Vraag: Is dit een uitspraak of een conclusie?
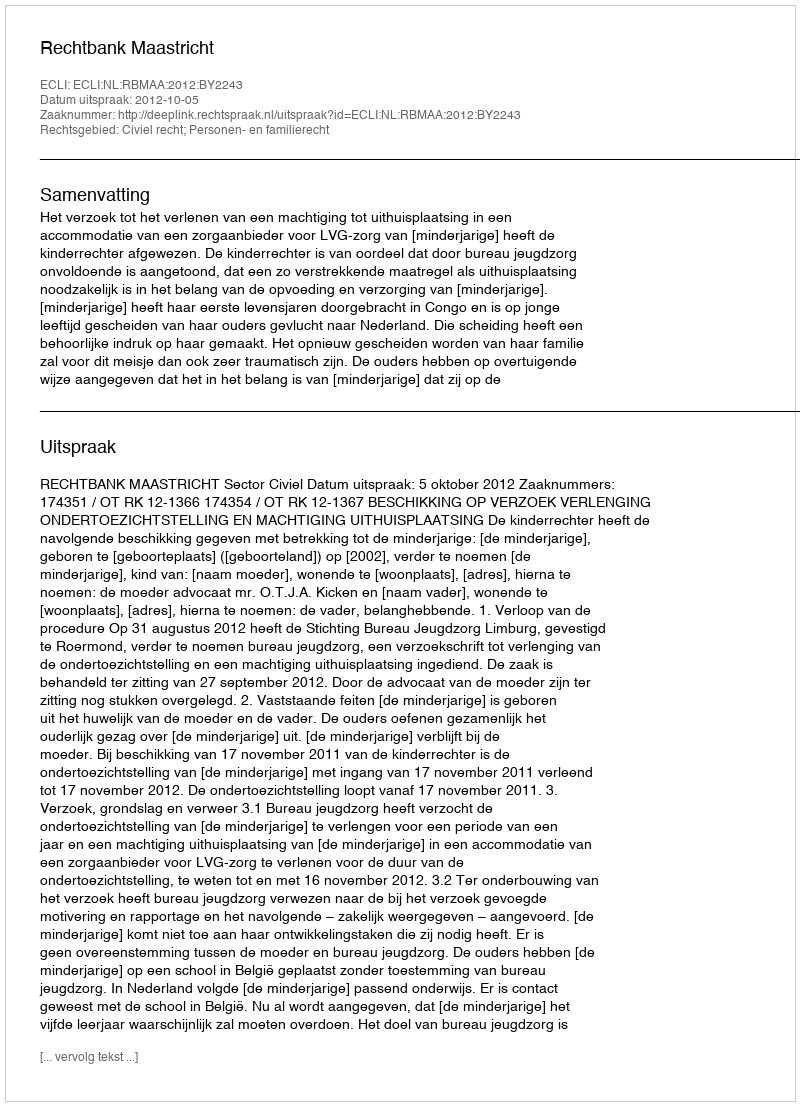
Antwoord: Uitspraak